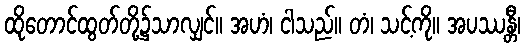
ထိုတောင်ထွတ်တို့၌သာလျှင်။ အဟံ၊ ငါသည်။ တံ၊ သင့်ကို။ အပဿန္တီ၊